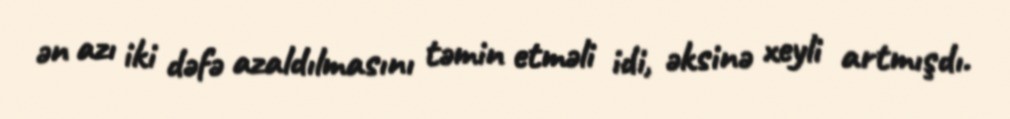
ən azı iki dəfə azaldılmasını təmin etməli idi, əksinə xeyli artmışdı.